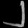
Digit: ၂